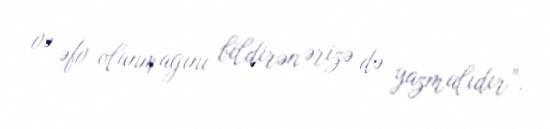
və əfv olunmağını bildirən ərizə də yazmalıdır”.